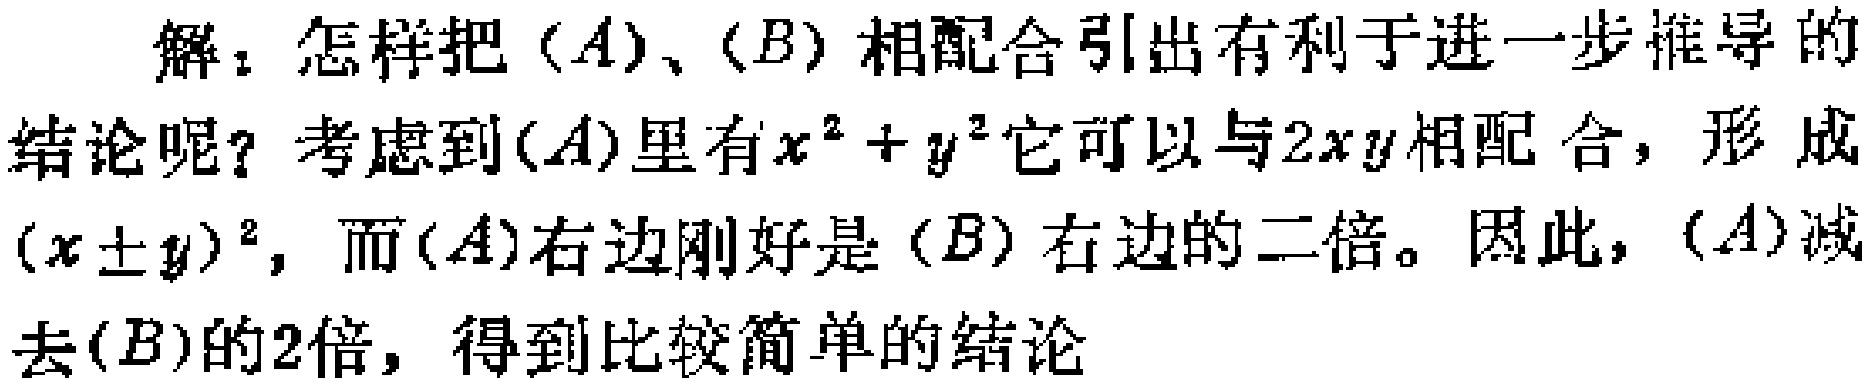
解：怎样把\((A)\)、\((B)\)相配合引出有利于进一步推导的结论呢？考虑到\((A)\)里有\(x^{2}+y^{2}\)它可以与\(2xy\)相配合，形成\((x\pm y)^{2}\)，而\((A)\)右边刚好是\((B)\)右边的二倍。因此，\((A)\)减去\((B)\)的\(2\)倍，得到比较简单的结论